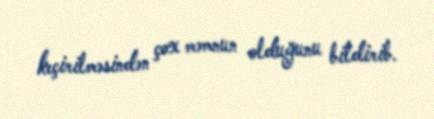
keçirilməsindən çox məmnun olduğunu bildirib.